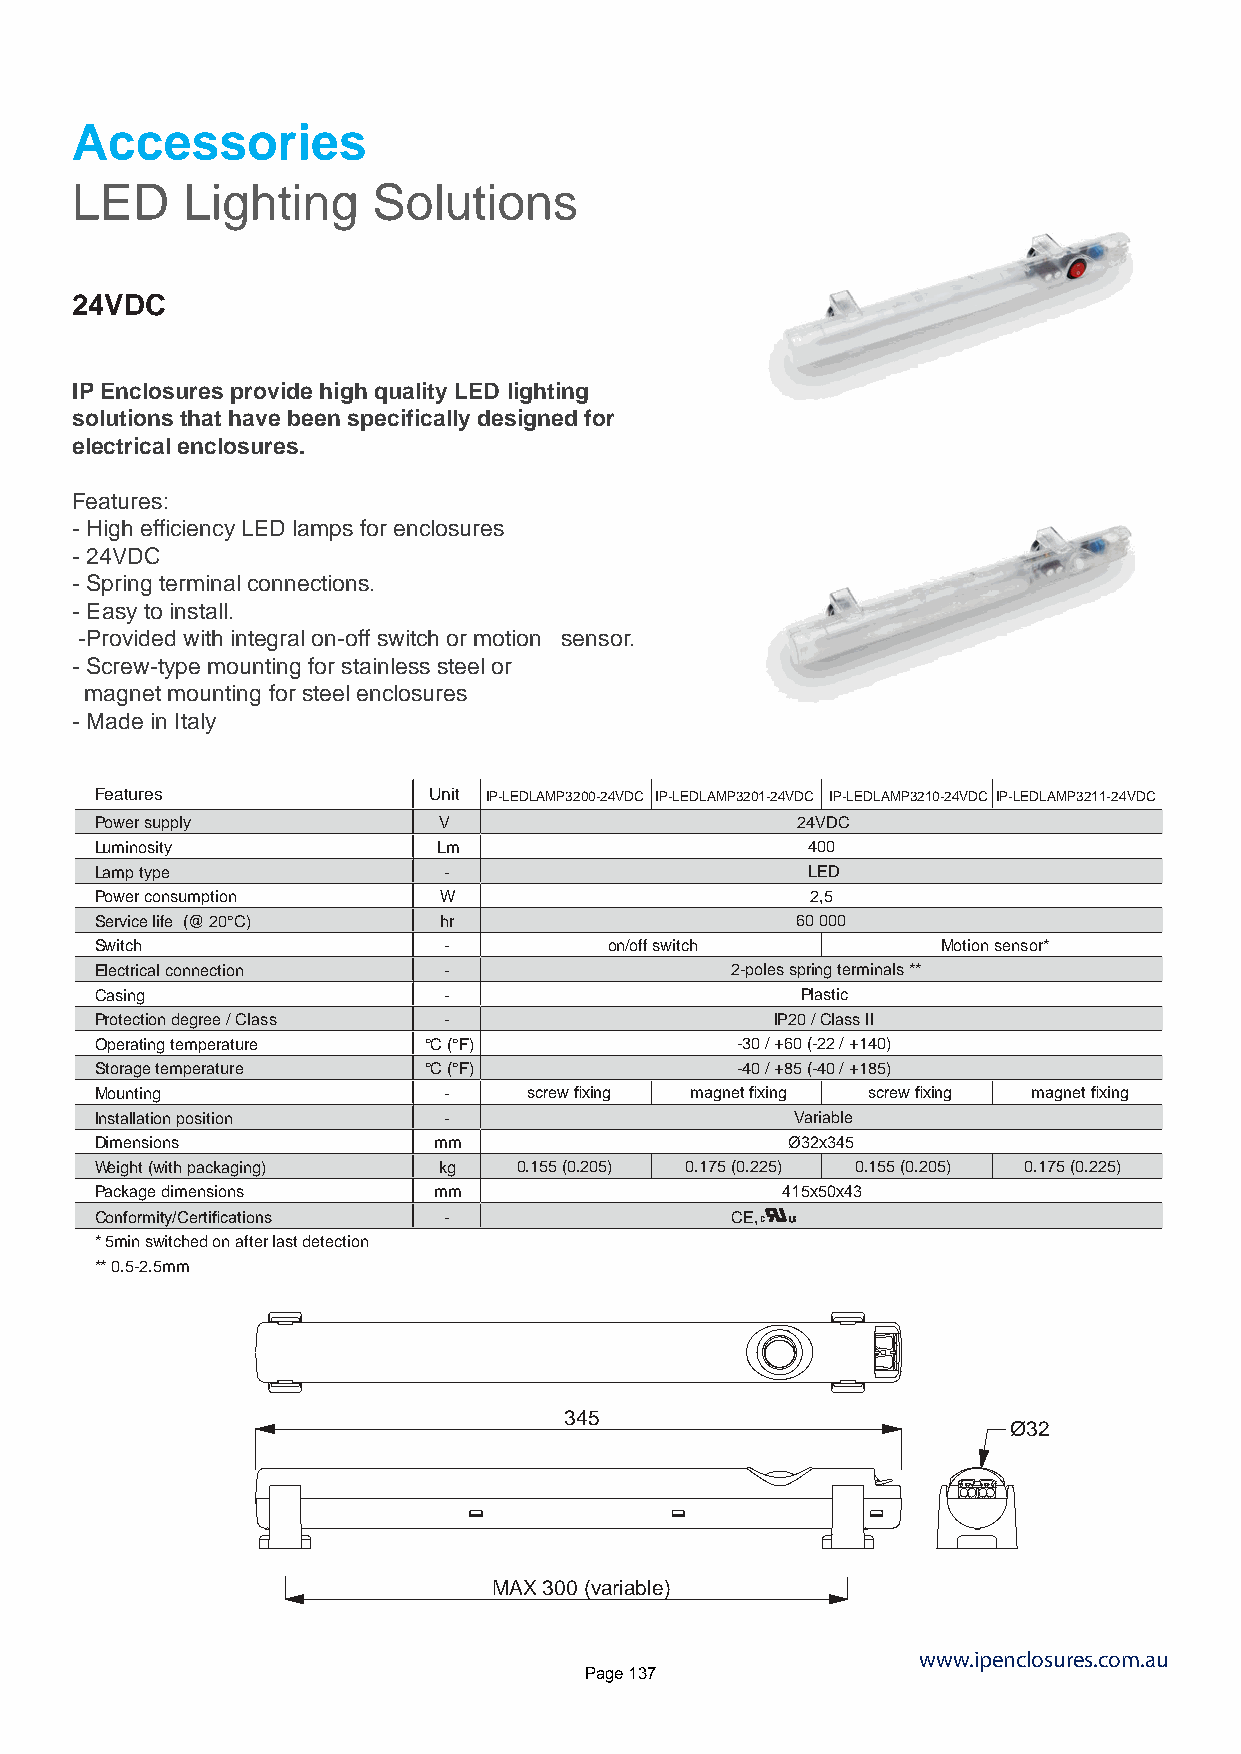
Accessories
 LED    Lighting     Solutions
 24VDC
 IP Enclosures provide high quality LED lighting
 solutions that have been specifically designed for
 electrical enclosures.
 Features:
 - High efficiency LED lamps for enclosures
 - 24VDC
 - Spring terminal connections.
 - Easy to install.
 -Provided with integral on-off switch or motion sensor.
 - Screw-type mounting for stainless steel or
 magnet mounting for steel enclosures
 - Made in Italy
 Features              Unit IP-LEDLAMP3200-24VDC IP-LEDLAMP3201-24VDC IP-LEDLAMP3210-24VDC IP-LEDLAMP3211-24VDC
 Power supply           V                       24VDC
 Luminosity             Lm                      400
 Lamp type              -                       LED
 Power consumption      W                        2,5
 Service life (@ 20°C)  hr                      60 000
 Switch                 -          on/off switch         Motion sensor*
 Electrical connection  -                  2-poles spring terminals **
 Casing                 -                       Plastic
 Protection degree / Class -                  IP20 / Class II
 Operating temperature °C (°F)              -30 / +60 (-22 / +140)
 Storage temperature   °C (°F)              -40 / +85 (-40 / +185)
 Mounting               -     screw fixing magnet fixing screw fixing magnet fixing
 Installation position  -                       Variable
 Dimensions             mm                     Ø32x345
 Weight (with packaging) kg  0.155 (0.205) 0.175 (0.225) 0.155 (0.205) 0.175 (0.225)
 Package dimensions     mm                     415x50x43
 Conformity/Certifications -               CE,
 *5min switched on after last detection
 ** 0.5-2.5mm
 345
 Ø32
 MAX 300 (variable)
 www.ipenclosures.com.au
 Page 137